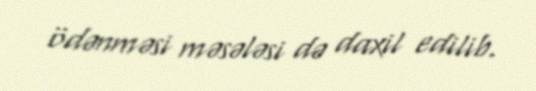
ödənməsi məsələsi də daxil edilib.